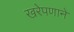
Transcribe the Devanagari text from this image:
खरेपणाने